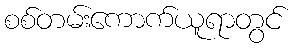
စစ်တမ်းကောက်ယူရာတွင်